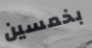
بخمسين